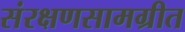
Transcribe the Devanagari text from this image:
संरक्षणसामग्रीत